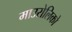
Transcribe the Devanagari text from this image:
माउरोलिको